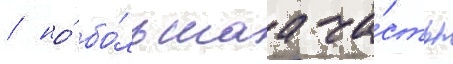
/ но́ бо́льшаа ча́сть